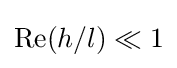
\mathrm {Re} (h/l)\ll 1